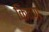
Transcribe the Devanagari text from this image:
किवण